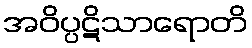
အဝိပ္ပဋိသာရောတိ